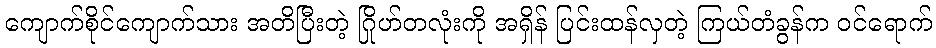
ကျောက်စိုင်ကျောက်သား အတိပြီးတဲ့ ဂြိုဟ်တလုံးကို အရှိန် ပြင်းထန်လှတဲ့ ကြယ်တံခွန်က ဝင်ရောက်